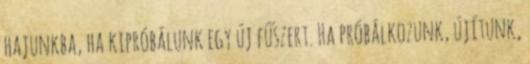
hajunkba, ha kipróbálunk egy új fűszert. Ha próbálkozunk, újítunk,